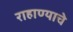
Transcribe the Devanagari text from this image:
राहाण्याचे